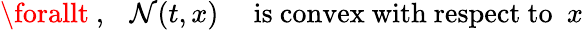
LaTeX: \forallt\ ,\ \ \ \mathcal{N}(t,x)\ \ \ \ \ \mathrm{{is\ convex\ with\ respect\ to}}\ \ x